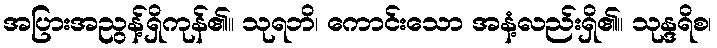
အပြားအညွန့်ရှိကုန်၏။ သုရဘိ၊ ကောင်းသော အနံ့လည်းရှိ၏။ သုန္ဒရိစ၊